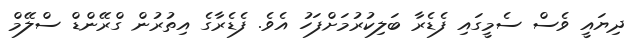
ދިޔައީ ވެސް ސެމީގައި ފެޑެރާ ބަލިކުރުމަށްފަހު އެވެ. ފެޑެރާގެ އިތުރުން ގްރޭންޑް ސްލޭމް